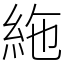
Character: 絁